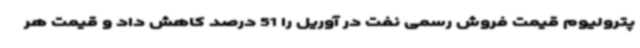
پترولیوم قیمت فروش رسمی نفت در آوریل را 51 درصد کاهش داد و قیمت هر